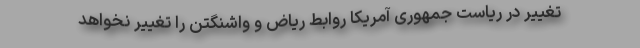
تغییر در ریاست جمهوری آمریکا روابط ریاض و واشنگتن را تغییر نخواهد